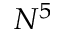
N ^ { 5 }